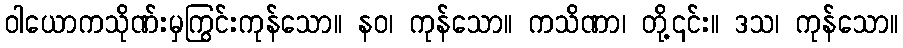
ဝါယောကသိုဏ်းမှကြွင်းကုန်သော။ နဝ၊ ကုန်သော။ ကသိဏာ၊ တို့၎င်း။ ဒသ၊ ကုန်သော။